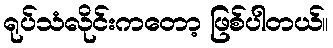
ရုပ်သံလိုင်းကတော့ ဖြစ်ပါတယ်။